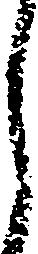
ら